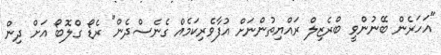
"އަހަރެން ބޭނުންވީ ބްރެޒިލް ރައްޔިތުންނަށް އުފާވެރިކަމެއް ގެނެސްދެން" ރެޑޯ ގްލޮބޯ އަށް ދިން